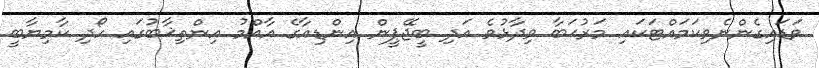
ވަޑައިގެންނެވިކަމައްޓަކައި މަރުޙަބާ ވިދާޅުވެ އަދި ބީޖޭޕީން އިންޑިއާގެ އާއްމު އިންތިޚާބުގައި ހޯދި ކާމިޔާބީ